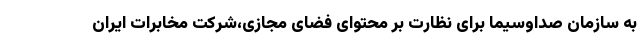
به سازمان صداوسیما برای نظارت بر محتوای فضای مجازی،شرکت مخابرات ایران